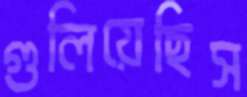
গুলিয়েছিস